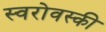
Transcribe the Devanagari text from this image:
स्वरोवस्की